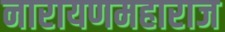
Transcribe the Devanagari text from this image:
नारायणमहाराज